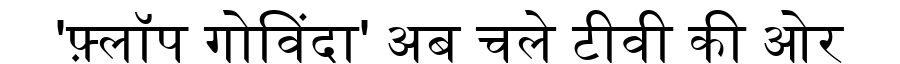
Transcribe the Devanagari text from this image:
'फ़्लॉप गोविंदा' अब चले टीवी की ओर